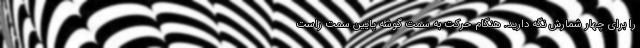
را برای چهار شمارش نگه دارید. هنگام حرکت به سمت گوشه پایین سمت راست